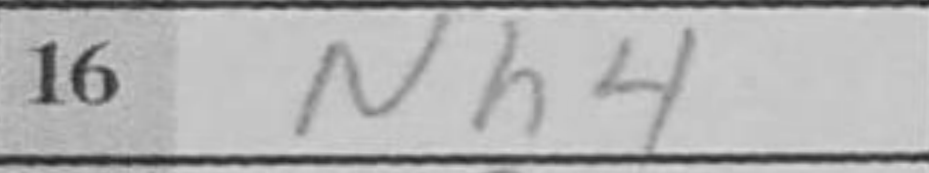
Transcription: Nh4